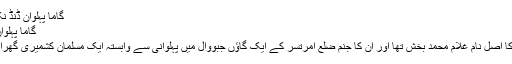
گاما پہلوان ڈنڈ نکالتے ہوئے
گاما پہلوان، ایک عہد
گاما پہلوان کا اصل نام غلام محمد بخش تھا اور ان کا جنم ضلع امرتسر کے ایک گاؤں جبووال میں پہلوانی سے وابستہ ایک مسلمان کشمیری گھرانے میں ہوا۔